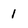
Character: 1